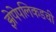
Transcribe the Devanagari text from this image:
झेपेपलिकडची